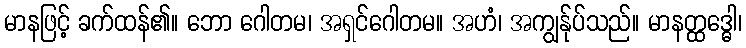
မာနဖြင့် ခက်ထန်၏။ ဘော ဂေါတမ၊ အရှင်ဂေါတမ။ အဟံ၊ အကျွန်ုပ်သည်။ မာနတ္ထဒ္ဓေါ၊